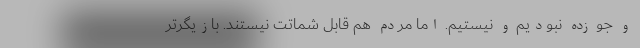
و جو زده نبودیم و نیستیم. اما مردم هم قابل شماتت نیستند. بازیگر‌تر